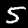
Label: 5